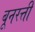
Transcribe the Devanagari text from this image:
बूनरत्ती